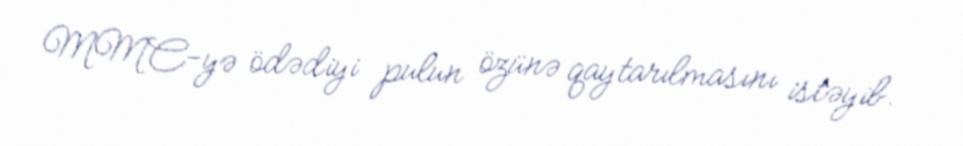
MMC-yə ödədiyi pulun özünə qaytarılmasını istəyib.